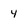
Character: 4